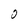
Character: 0